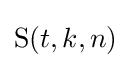
\operatorname {S} (t,k,n)